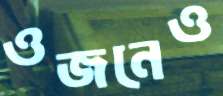
ওজনেও